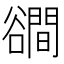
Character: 𧯑